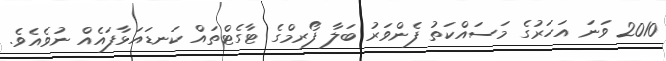
2010 ވަނަ އަހަރުގެ މަސައްކަތު ފެންވަރު ބަލާ ފޯރމްގެ ޓާގެޓްތައް ކަނޑައަޅާފައެއް ނުވެއެވެ.